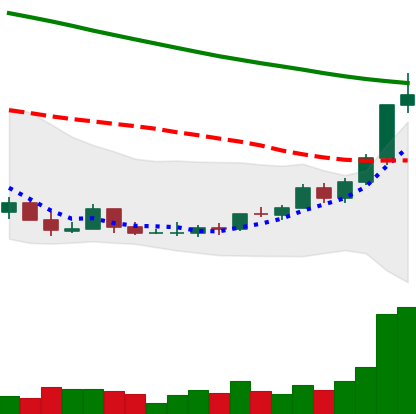
Ticker: ADA-USD
Chart end date: 2022-03-24
Forward return: 5.407%
Label: up_5_7